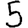
Digit: 5